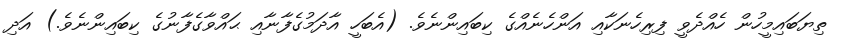
ތިޔަބައިމީހުން ހެއްދެވީ ފިރިހެނަކާއި އަންހެނެއްގެ ކިބައިންނެވެ. (އެބަހީ އާދަމުގެފާނާއި ޙައްވާގެފާނުގެ ކިބައިންނެވެ.) އަދި